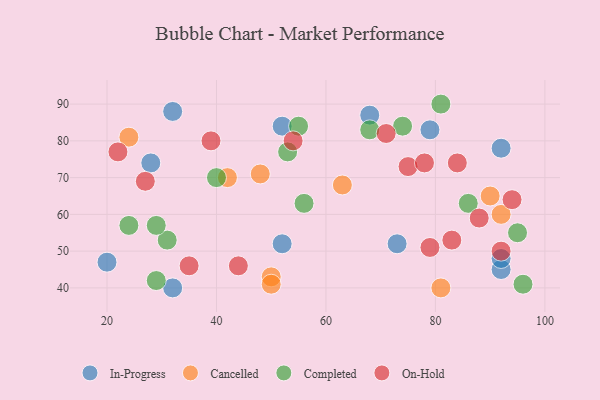
{"axis": {"x": "GDP", "y": "Life Expectancy"}, "legend": ["Cancelled", "Completed", "In-Progress", "On-Hold"], "data": [{"x": "32", "y": 88, "type": "In-Progress"}, {"x": "52", "y": 52, "type": "In-Progress"}, {"x": "92", "y": 45, "type": "In-Progress"}, {"x": "28", "y": 74, "type": "In-Progress"}, {"x": "52", "y": 84, "type": "In-Progress"}, {"x": "79", "y": 83, "type": "In-Progress"}, {"x": "32", "y": 40, "type": "In-Progress"}, {"x": "92", "y": 78, "type": "In-Progress"}, {"x": "92", "y": 48, "type": "In-Progress"}, {"x": "73", "y": 52, "type": "In-Progress"}, {"x": "68", "y": 87, "type": "In-Progress"}, {"x": "20", "y": 47, "type": "In-Progress"}, {"x": "63", "y": 68, "type": "Cancelled"}, {"x": "48", "y": 71, "type": "Cancelled"}, {"x": "42", "y": 70, "type": "Cancelled"}, {"x": "24", "y": 81, "type": "Cancelled"}, {"x": "50", "y": 43, "type": "Cancelled"}, {"x": "92", "y": 60, "type": "Cancelled"}, {"x": "81", "y": 40, "type": "Cancelled"}, {"x": "50", "y": 41, "type": "Cancelled"}, {"x": "90", "y": 65, "type": "Cancelled"}, {"x": "31", "y": 53, "type": "Completed"}, {"x": "29", "y": 57, "type": "Completed"}, {"x": "55", "y": 84, "type": "Completed"}, {"x": "68", "y": 83, "type": "Completed"}, {"x": "53", "y": 77, "type": "Completed"}, {"x": "29", "y": 42, "type": "Completed"}, {"x": "40", "y": 70, "type": "Completed"}, {"x": "95", "y": 55, "type": "Completed"}, {"x": "86", "y": 63, "type": "Completed"}, {"x": "24", "y": 57, "type": "Completed"}, {"x": "56", "y": 63, "type": "Completed"}, {"x": "81", "y": 90, "type": "Completed"}, {"x": "74", "y": 84, "type": "Completed"}, {"x": "96", "y": 41, "type": "Completed"}, {"x": "79", "y": 51, "type": "On-Hold"}, {"x": "22", "y": 77, "type": "On-Hold"}, {"x": "75", "y": 73, "type": "On-Hold"}, {"x": "88", "y": 59, "type": "On-Hold"}, {"x": "39", "y": 80, "type": "On-Hold"}, {"x": "27", "y": 69, "type": "On-Hold"}, {"x": "35", "y": 46, "type": "On-Hold"}, {"x": "94", "y": 64, "type": "On-Hold"}, {"x": "84", "y": 74, "type": "On-Hold"}, {"x": "78", "y": 74, "type": "On-Hold"}, {"x": "83", "y": 53, "type": "On-Hold"}, {"x": "54", "y": 80, "type": "On-Hold"}, {"x": "71", "y": 82, "type": "On-Hold"}, {"x": "44", "y": 46, "type": "On-Hold"}, {"x": "92", "y": 50, "type": "On-Hold"}]}